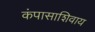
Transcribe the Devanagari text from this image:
कंपासाशिवाय